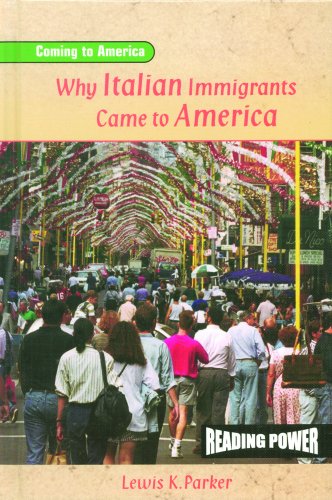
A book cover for Why Italian Immigrants Came to America (Coming to America); Lewis K. Parker; Children's Books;